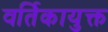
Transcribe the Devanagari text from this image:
वर्तिकायुक्त